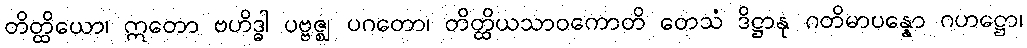
တိတ္ထိယော၊ ဣတော ဗဟိဒ္ဓါ ပဗ္ဗဇ္ဈ ပဂတော၊ တိတ္ထိယသာဝကောတိ တေသံ ဒိဋ္ဌာနု ဂတိမာပန္နော ဂဟဋ္ဌော၊